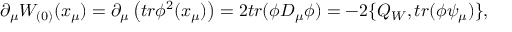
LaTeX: \partial _ { \mu } W _ { ( 0 ) } ( x _ { \mu } ) = \partial _ { \mu } \left( t r \phi ^ { 2 } ( x _ { \mu } ) \right) = 2 t r ( \phi D _ { \mu } \phi ) = - 2 \{ Q _ { W } , t r ( \phi \psi _ { \mu } ) \} ,